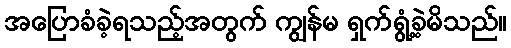
အပြောခံခဲ့ရသည့်အတွက် ကျွန်မ ရှက်ရွံ့ခဲ့မိသည်။